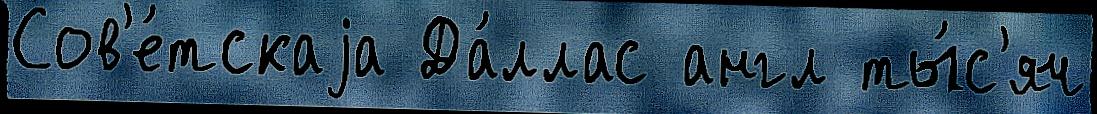
Сов'е́тскаjа Да́ллас англ ты́с'яч